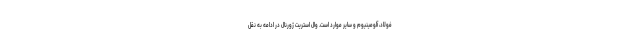
فولاد، آلومینیوم و سایر موارد است. وال استریت ژورنال در ادامه به نقل